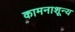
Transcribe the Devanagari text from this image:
कामनाशून्य